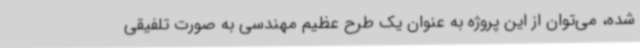
شده، می‌توان از این پروژه به عنوان یک طرح عظیم مهندسی به صورت تلفیقی